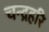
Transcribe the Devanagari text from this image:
चन्द्रहरि